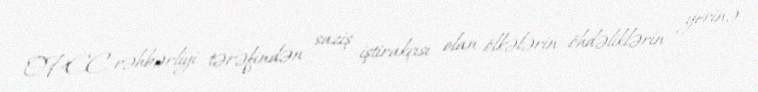
OPEC rəhbərliyi tərəfindən saziş iştirakçısı olan ölkələrin öhdəliklərin yerinə